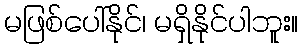
မဖြစ်ပေါ်နိုင်၊ မရှိနိုင်ပါဘူး။